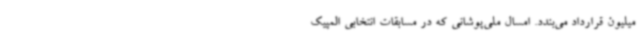
میلیون قرارداد می‌بندد. امسال ملی‌پوشانی که در مسابقات انتخابی المپیک